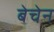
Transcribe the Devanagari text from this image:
बेचेन